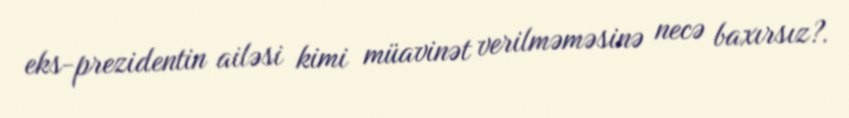
eks-prezidentin ailəsi kimi müavinət verilməməsinə necə baxırsız?.